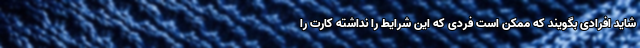
شاید افرادی بگویند که ممکن است فردی که این شرایط را نداشته کارت را